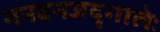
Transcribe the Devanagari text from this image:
ननवनजदृगालेः